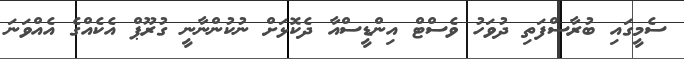
ސެމީގައި ބުރާސްފަތި ދުވަހު ވެސްޓް އިންޑީސްއާ ދެކޮޅަށް ނުކުންނާނީ ގުރޫޕް އެކެއްގެ އެއްވަނަ